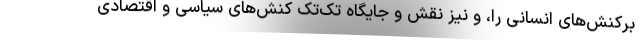
برکنش‌های انسانی را، و نیز نقش و جایگاه تک‌تک کنش‌های سیاسی و اقتصادی